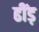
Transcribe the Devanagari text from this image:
ढींड़